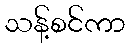
သန့်စင်ကာ